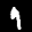
Label: 9